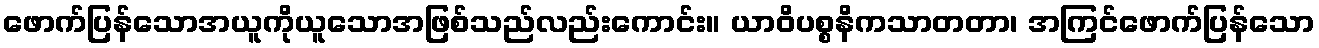
ဖောက်ပြန်သောအယူကိုယူသောအဖြစ်သည်လည်းကောင်း။ ယာဝိပစ္စနိကသာတတာ၊ အကြင်ဖောက်ပြန်သော